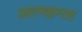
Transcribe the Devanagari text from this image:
आत्महन्ता